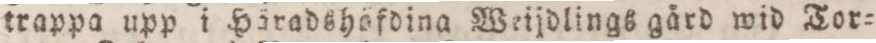
trappa upp i Häradshöfdina Weijdlings gård wid Tor=